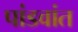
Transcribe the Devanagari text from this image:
पांडवांत